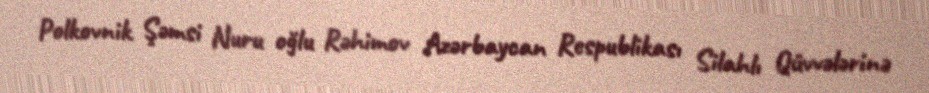
Polkovnik Şəmsi Nuru oğlu Rəhimov Azərbaycan Respublikası Silahlı Qüvvələrinə